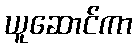
ယူဆောင်ကာ